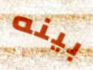
بينه